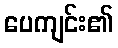
ပေကျင်း၏